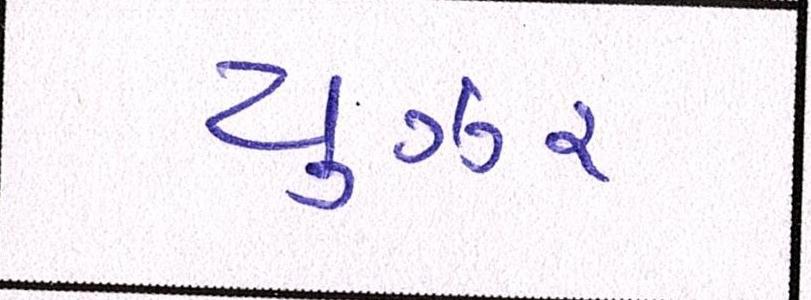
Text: યુઝર